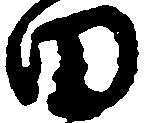
田